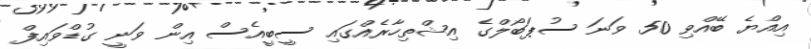
އިއްޔެ ބޭއްވި 50 ވަނަ ސުޕަބޯލްގެ އިޝްތިހާރެއްގައި ސީބީއެސް އިން ވަނީ ގުޑްވައިފް